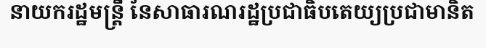
នាយករដ្ឋមន្ត្រី នៃសាធារណរដ្ឋប្រជាធិបតេយ្យប្រជាមានិត